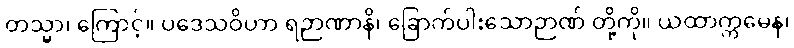
တသ္မာ၊ ကြောင့်။ ပဒေသဝိဟာ ရဉာဏာနိ၊ ခြောက်ပါးသောဉာဏ် တို့ကို။ ယထာက္ကမေန၊